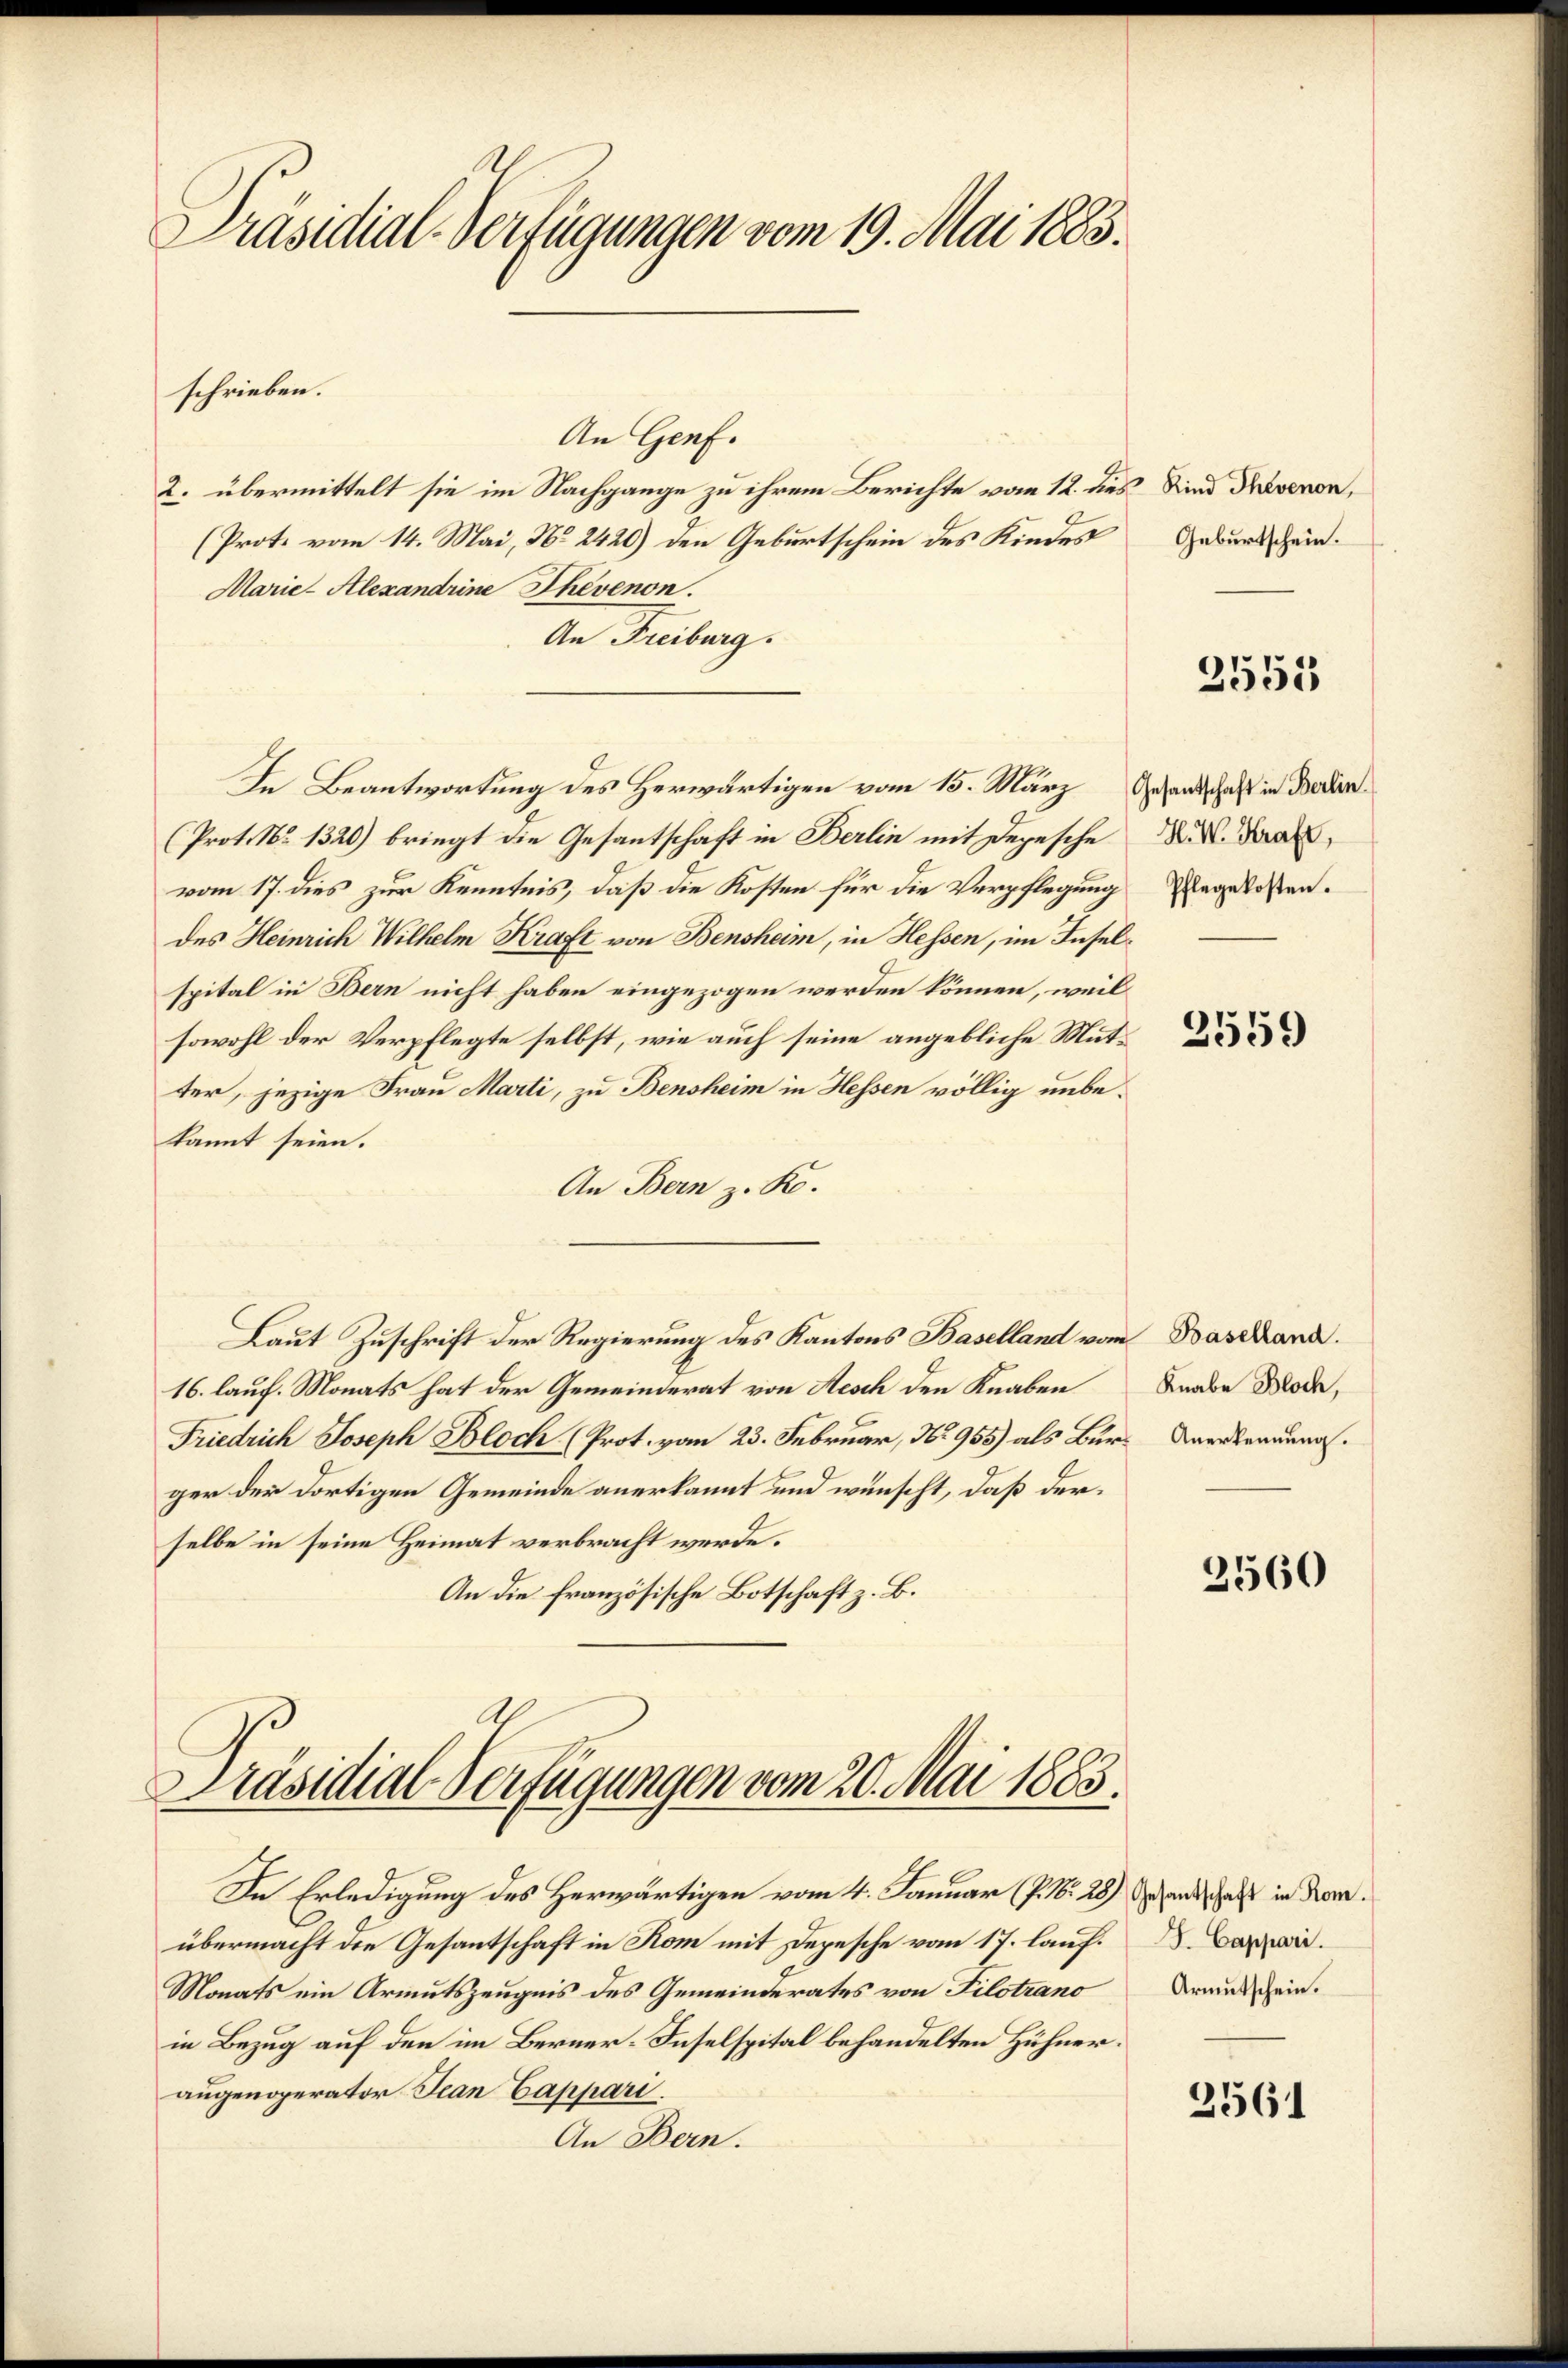
Präsidial-Verfügungen vom 19. Mai 1883.

An Genf.
2. übermittelt sie im Nachgange zu ihrem Berichte vom 12. dies Kind Travenen,
(Prot. vom 14. Mai, No 2420) den Geburtschein des Kindes
Marie-Alexandrine Ehevenon.
An Freiburg.
In Beantwortung des Herwärtigen vom 15. März
Prot. No 1320) bringt die Gesantschaft in Berlin mit Depesche
vom 17. dies zur Kenntnis, daß die Kosten für die Verpflegung angelassen.
des Heinrich Wilhelm Kraft von Bensheim, in Hessen, im Inselspital in Bern nicht haben eingezogen werden können, weil
sowohl der Verpflegte selbst, wie auch seine angebliche Mutter, jezige Frau Marti, zu Bensheim in Hessen völlig unbekannt seien.
An Bern z. R.
Laut Zuschrift der Regierung des Kantons Baselland vom Bascland.
16. lauf. Monats hat der Gemeinderat von Aesch den Knaben
Friedrich Joseph Bloch (Prot. vom 23. Februar, No 955) als Bur-Verkennung.
ger der dortigen Gemeinde anerkannt und wünscht, daß derselbe in seine Heimat verbracht werde.
An die französische Botschaft z. B.

schrieben.

In Erledigung des Herwärtigen vom 4. Januar (J. N. 28) So landschaft in demübermacht die Gesantschaft in Rom mit Depesche vom 17. lauf¬
Monats ein Armutszeugnis des Gemeinderates von Pilotrano
in Bezug auf den im Berner-Inselspital behandelten Hühneraugenoperator Jean Cappari.
An Bern.

Präsidial-Verfügungen vom 20. Mai 1883.

Geburtschein.

2555

Gesandschaft in Berlin.
H. W. Kraft,

2559

Knabe Bloch,

2560

J. Cappari.
Armutschein.

2561